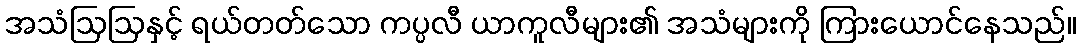
အသံဩဩနှင့် ရယ်တတ်သော ကပ္ပလီ ယာကူလီများ၏ အသံများကို ကြားယောင်နေသည်။